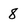
Character: 8